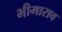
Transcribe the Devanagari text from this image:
भीमाराव